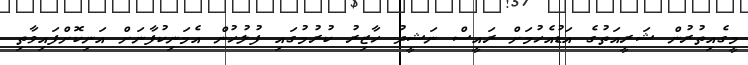
މީގެއިތުރުން ޝަރީއަތުގެ އަޑުުއެހުމަށް ރައީސް ނަޝީދު ހާޒިރު ކުރުމުގައި ފުލުހުން އެމަނިކުފާނަށް އަނިކޮށްފަައިވާތި